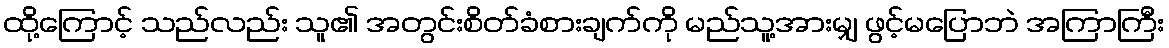
ထို့ကြောင့် သည်လည်း သူ၏ အတွင်းစိတ်ခံစားချက်ကို မည်သူ့အားမျှ ဖွင့်မပြောဘဲ အကြာကြီး